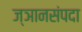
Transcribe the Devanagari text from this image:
ज्ञानसंपदा